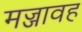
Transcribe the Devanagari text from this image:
मज्जावह